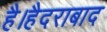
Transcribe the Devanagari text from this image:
है।हैदराबाद